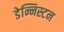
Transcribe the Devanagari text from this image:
डेन्निस्टन